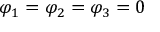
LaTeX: \varphi _ { 1 } = \varphi _ { 2 } = \varphi _ { 3 } = 0